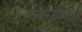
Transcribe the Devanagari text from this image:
सत्यसमाजिस्ट